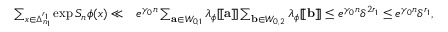
\begin{array} { r l } { \sum _ { x \in \Delta _ { n _ { 1 } } ^ { r _ { 1 } } } \exp S _ { n } \phi ( x ) \ll } & { e ^ { \gamma _ { 0 } n } \sum _ { \mathbf a \in W _ { 0 , 1 } } \lambda _ { \phi } [ \! [ \mathbf a ] \! ] \sum _ { \mathbf b \in W _ { 0 , 2 } } \lambda _ { \phi } [ \! [ \mathbf b ] \! ] \leq e ^ { \gamma _ { 0 } n } \delta ^ { 2 r _ { 1 } } \leq e ^ { \gamma _ { 0 } n } \delta ^ { r _ { 1 } } , } \end{array}